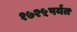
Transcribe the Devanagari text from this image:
१७२५पर्यंत